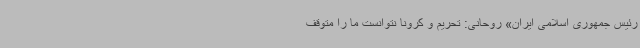
رئیس جمهوری اسلامی ایران» روحانی: تحریم و کرونا نتوانست ما را متوقف